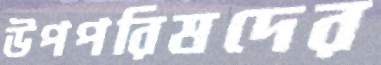
উপপরিষদের